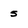
Character: 5